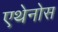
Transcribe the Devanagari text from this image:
एथेनोस